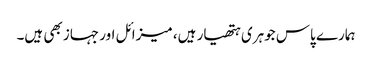
ہمارے پاس جوہری ہتھیار ہیں، میزائل اور جہاز بھی ہیں۔